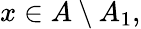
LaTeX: x\in A\setminus A_{1},